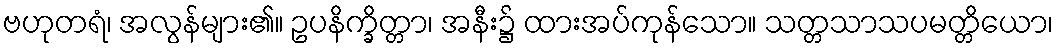
ဗဟုတရံ၊ အလွန်များ၏။ ဥပနိက္ခိတ္တာ၊ အနီး၌ ထားအပ်ကုန်သော။ သတ္တသာသပမတ္တိယော၊